Vaccination in Bombay 1869-1873 - 1869-1873
Year: 1869
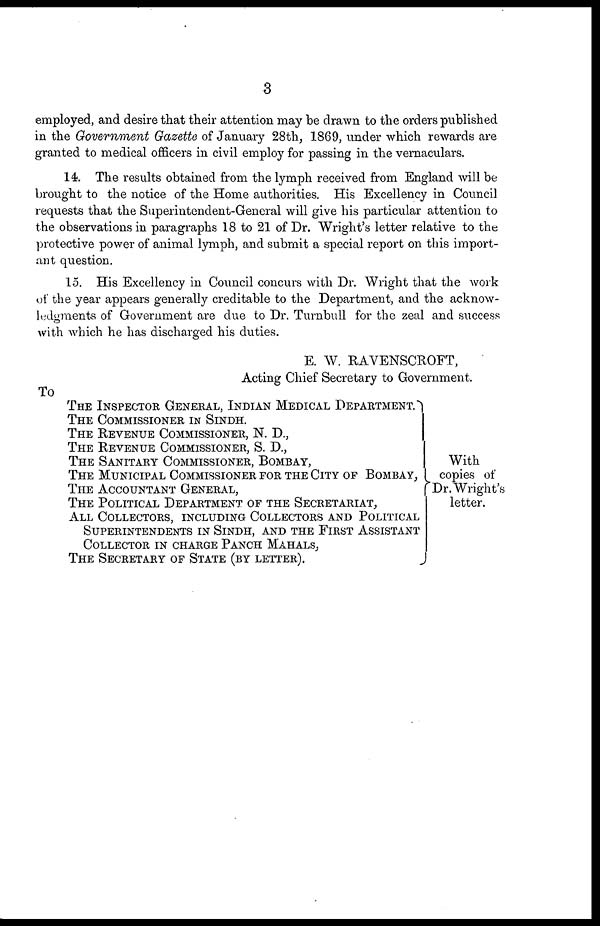
3
employed, and desire that their attention may be drawn to the orders published
in the Government Gazette of January 28th, 1869, under which rewards are
granted to medical officers in civil employ for passing in the vernaculars.
14. The results obtained from the lymph received from England will be
brought to the notice of the Home authorities. His Excellency in Council
requests that the Superintendent-General will give his particular attention to
the observations in paragraphs 18 to 21 of Dr. Wright's letter relative to the
protective power of animal lymph, and submit a special report on this import-
ant question.
15. His Excellency in Council concurs with Dr. Wright that the work
of the year appears generally creditable to the Department, and the acknow-
ledgments of Government are due to Dr. Turnbull for the zeal and success
with which he has discharged his duties.
E. W. RAVENSCROFT,
Acting Chief Secretary to Government.
To
THE INSPECTOR GENERAL, INDIAN MEDICAL DEPARTMENT.
THE COMMISSIONER IN SINDH.
THE REVENUE COMMISSIONER, N. D.,
THE REVENUE COMMISSIONER, S. D.,
THE SANITARY COMMISSIONER, BOMBAY,
THE MUNICIPAL COMMISSIONER FOR THE CITY OF BOMBAY,
THE ACCOUNTANT GENERAL,
THE POLITICAL DEPARTMENT OF THE SECRETARIAT,
ALL COLLECTORS, INCLUDING COLLECTORS AND POLITICAL
SUPERINTENDENTS IN SINDH, AND THE FIRST ASSISTANT
COLLECTOR IN CHARGE PANCH MAHALS,
THE SECRETARY OF STATE (BY LETTER).
With
copies of
Dr. Wright's
letter.